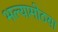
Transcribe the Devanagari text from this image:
भल्यामोठया